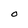
Character: 0